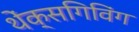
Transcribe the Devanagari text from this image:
थेंक्सगिविंग